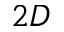
2 D